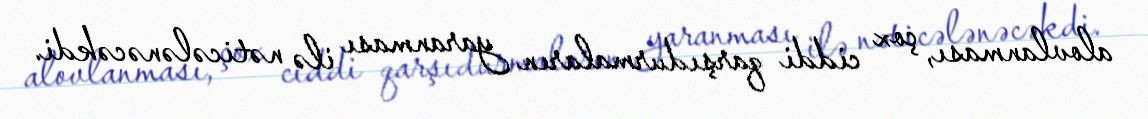
alovlanması, çox ciddi qarşıdurmaların yaranması ilə nəticələnəcəkdi.